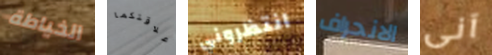
الخياطة علاقتكما انتظروني الانحراف آنى